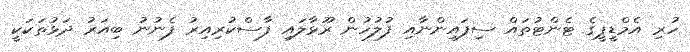
ހުރި އެމްޑީޕީގެ ޓެންޓުތައް ސިފައިންނާއި ފުލުހުން ރޫޅާލައި ފާސްކުރިއިރު ފެނުނު ބިއަރު ދަޅުތަކަކީ